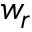
w _ { r }